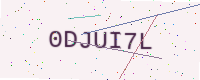
Text: 0DJUI7L